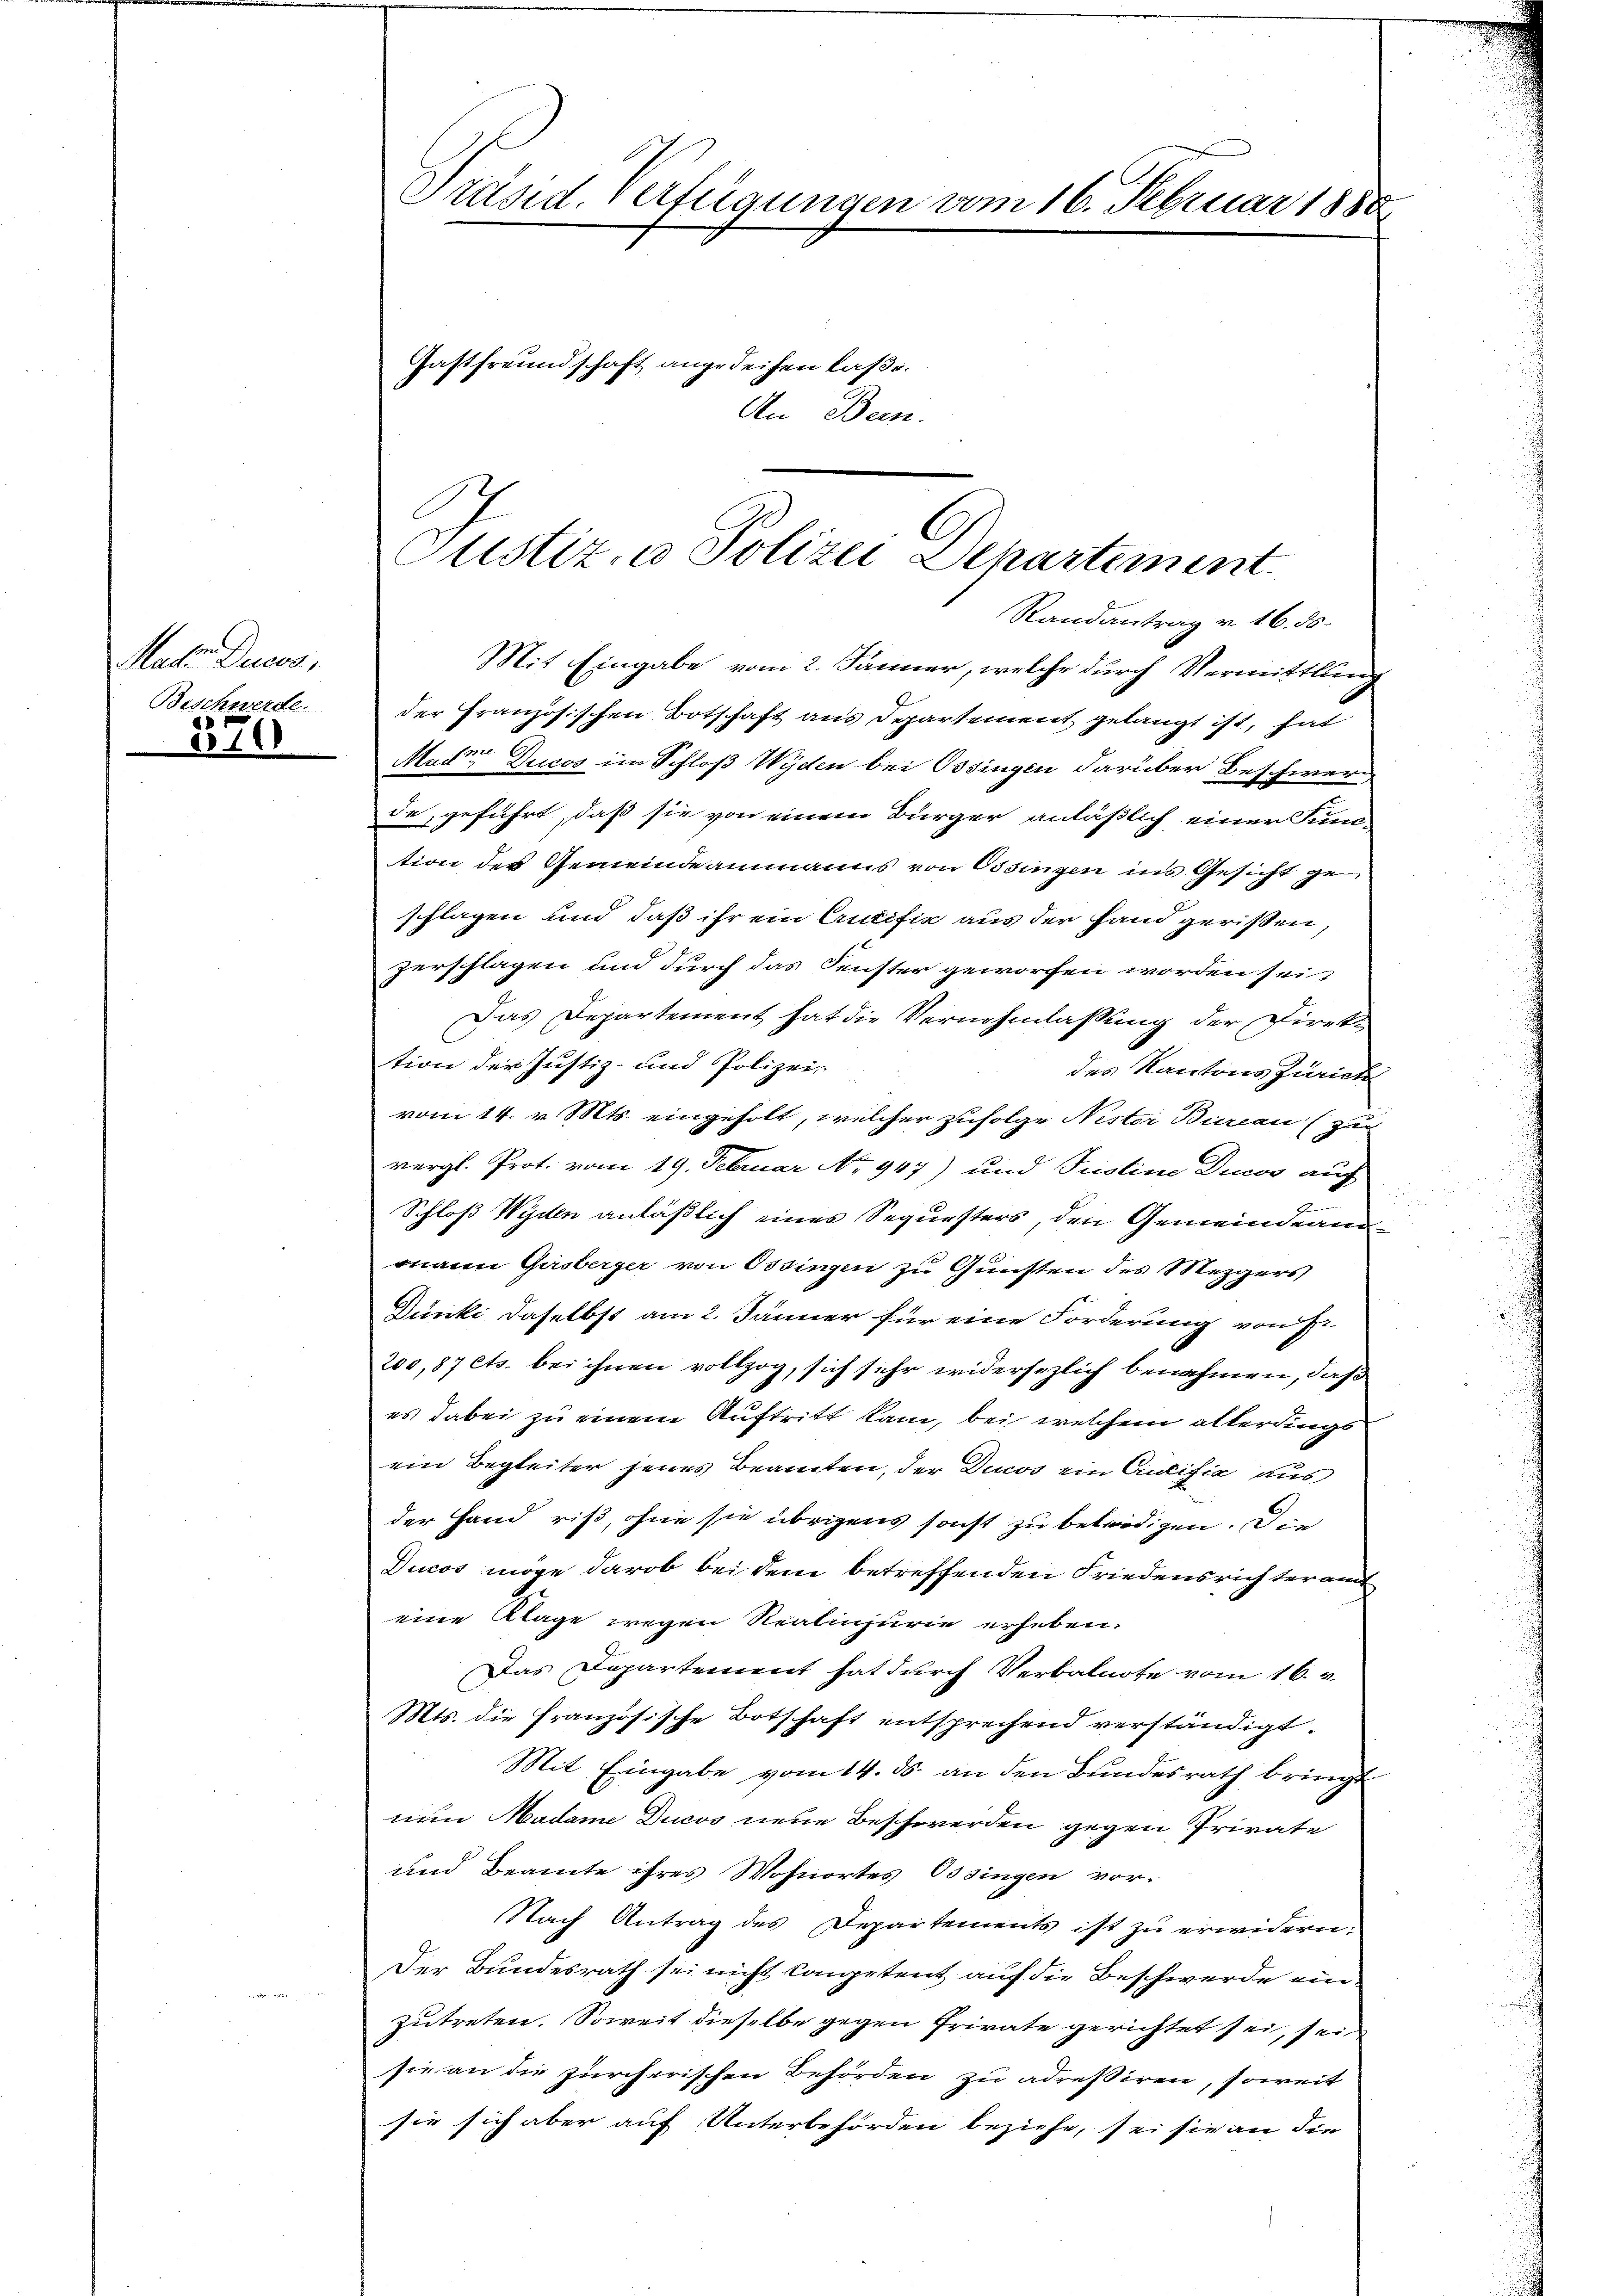
Malen Ducos,
Beschwerde.

370

Präsid. Verfügungen vom 16. Februar 1888
Gastfreundschaft angedeihen kasi.
An Bern.

Justiz- u. Polizei Departement
Randantrag v. 16. 55.

Mit Eingabe vom 2. Jänner, welche durch Vermittlung
der Französischen Botschaft aus Departement gelangt ist, hat
Mader Ducos im Schloß Wyden bei Ossingen darüber Beschwere
de, geführt, daß sie von einem Bürger anläßlich einer Sum
tion der Gemeindeammanns von Ossingen ins Gesicht geschlagen und daß ihr ein Antific aus der Hand gerißen,
zerschlagen und durch das Fenster geworfen worden sei,
Das Departement hat die Vernehmlassung der Direk
tion der Justiz- und Polizei-
des Kantons Zurick
vom 14. v. Mts. eingeholt, welcher zufolge Nister Bureau zu
vergl. Prot. vom 19. Februar No. 947) und Justine Dicos auf
Schloß Wyden anläßlich eines Sequesters, den Gemeindeanmann Gasberger von Ossingen zu Gunsten des Mezgers
Dünki daselbst am 2. Jänner für eine Forderung von P
200, 87 Cts. bei ihnen vollzog, sich sehr widersezlich benahmen, daß
es dabei zu einem Auftritt kam, bei welchem allerdings
ein Begleiter jenes Beamten, der Ducos ein Curtifia aus
der Hand riß, ohne sie übrigens sonst zu betredigen. Die
Ducos möge darob bei dem betreffenden Friedensrichter amt
eine Klage wegen Realinjurie erheben.
Das Departement hat durch Verbalnote vom 16.
Mts. die französische Botschaft entsprechend verständigt.
Mit Eingabe vom 14. ds. an den Bundesrath bringt
nun Madame Ducos neue Beschwerden gegen Private
und Beamte ihres Wohnortes Ossingen vor¬
Nach Antrag des Departements ist zu erwidern:
Der Bundesrath sei nicht Competent auf die Beschwerde ein.
zutreten. Soweit dieselbe gegen Private gerichtet sei, sei
sie an die zürcherischen Behörden zu adreßiren, soweit
sie sich aber auf Unterbehörden beziehe, sei sie an die